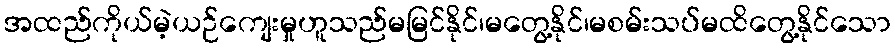
အထည်ကိုယ်မဲ့ယဉ်ကျေးမှုဟူသည်မမြင်နိုင်၊မတွေ့နိုင်၊မစမ်းသပ်မထိတွေ့နိုင်သော